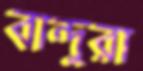
বান্দুরা